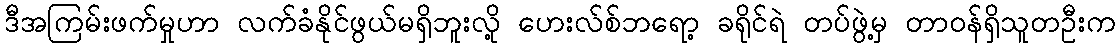
ဒီအကြမ်းဖက်မှုဟာ လက်ခံနိုင်ဖွယ်မရှိဘူးလို့ ဟေးလ်စ်ဘရော့ ခရိုင်ရဲ တပ်ဖွဲ့မှ တာဝန်ရှိသူတဦးက